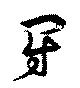
闘